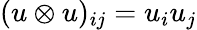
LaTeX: (u\otimes u)_{ij}=u_{i}u_{j}